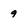
Character: 9